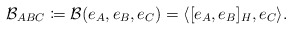
\begin{align*} \mathcal{B}_{ABC} \coloneqq \mathcal{B}(e_A,e_B,e_C)=\langle [e_A,e_B]_H,e_C\rangle.\end{align*}